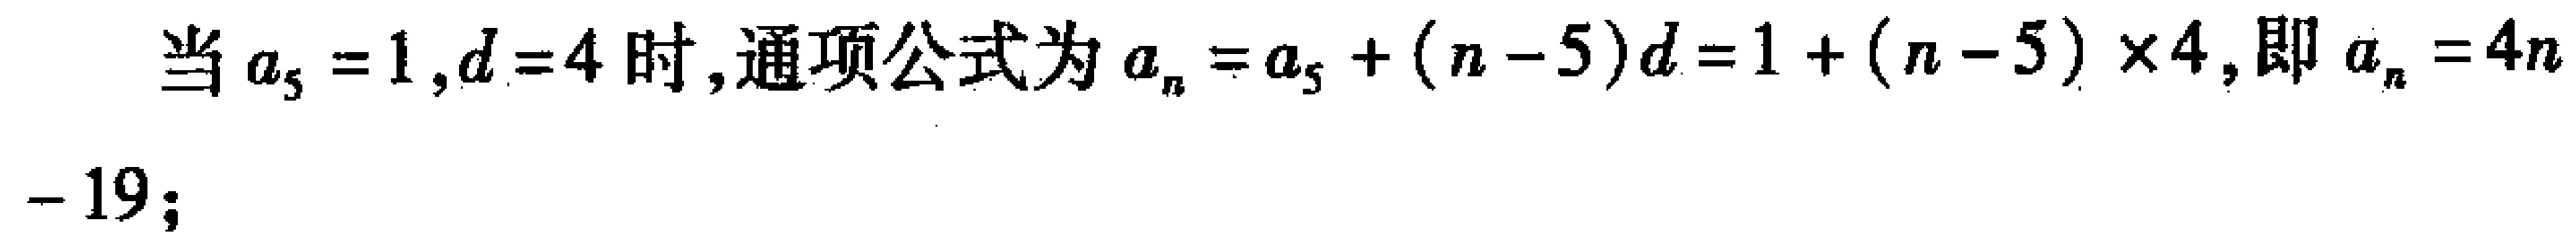
当\(a_{5}=1,d = 4\)时,通项公式为\(a_{n}=a_{5}+(n - 5)d=1+(n - 5)\times4\),即\(a_{n}=4n-19\);